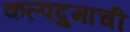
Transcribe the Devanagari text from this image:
कल्पद्रुमाची